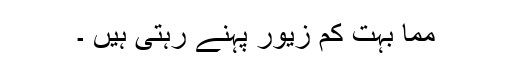
مما بہت کم زیور پہنے رہتی ہیں ۔